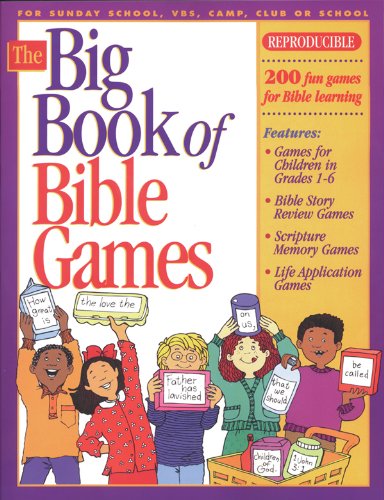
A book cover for Big Book of Bible Games #1 (Big Books); Gospel Light; Christian Books & Bibles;